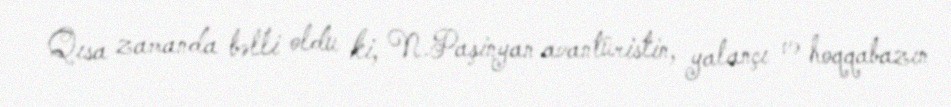
Qısa zamanda bəlli oldu ki, N.Paşinyan avantüristin, yalançı və hoqqabazın